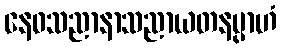
နေဝသညာနာသညာယတနမ္ပာဟံ